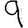
Digit: 9